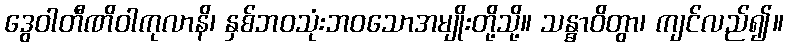
ဒွေဝါတီဏိဝါကုလာနိ၊ နှစ်ဘဝသုံးဘဝသောအမျိုးတို့သို့။ သန္ဓာဝိတွာ၊ ကျင်လည်၍။